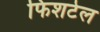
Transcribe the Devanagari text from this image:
फिशटेल